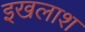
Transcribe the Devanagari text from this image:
इखलाश